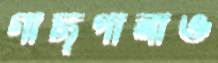
গাছপালাও